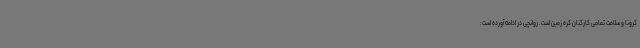
کرونا و سلامت تمامی کارکنان کره زمین است. روانچی در ادامه آورده است: